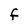
Character: F